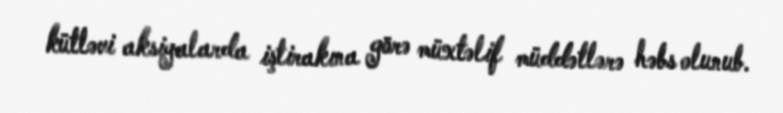
kütləvi aksiyalarda iştirakına görə müxtəlif müddətlərə həbs olunub.